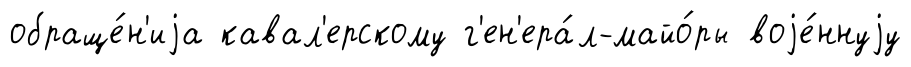
обраще́н'иjа кавал'ерскому г'ен'ера́л-майо́ры воjе́ннуjу